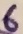
Text: 6